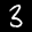
Label: 3